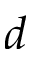
d